Civil Veterinary Department Bihar & Orissa reports 1911-21 - 1911-1921
Year: 1911
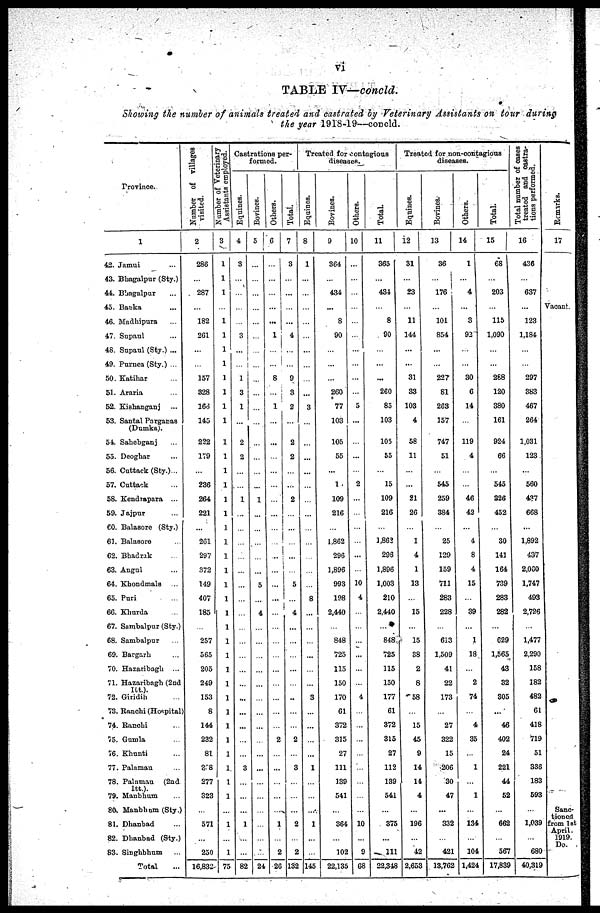
TABLE IV—concld.
Showing the number of animals treated and castrated by Veterinary Assistants on tour during
the year 1918-19—concld.
Province.
1
42. Jamui ...
43. Bhagalpur (Sty.)
44. Bhagalpur ...
45. Banka ...
46. Madhipura ...
47. Supaul ...
48. Supaul (Sty.) ...
49. Purnea (Sty.) ...
50. Katihar ...
51. Araria ...
52. Kishanganj ...
53. Santal Parganas
(Dumka).
54. Sahebganj ...
55. Deogbar ...
56. Cuttack (Sty.)...
57. Cuttack ...
58. Kendrapara ...
59. Jajpur ...
60. Balasore (Sty.)
61. Balasore ...
62. Bhadrak ...
63. Angul ...
64. Khondmals ...
65. Puri ...
66. Khurda ...
67. Sambalpur (Sty.)
68. Sambalpur ...
69. Bargarh ...
70. Hazaribagh ...
71. Hazaribagh (2nd
Itt.).
72. Giridih ...
73. Ranchi (Hospital)
74. Ranohi ...
75. Gumla ...
76. Khunti
77. Palamau
78. Palaman (2nd
Itt.).
79. Manbhum ...
80. Manbhum (Sty.)
81. Dhanbad ...
82. Dhanbad (Sty.)
83. Singhbhum ...
Total ...
Number of village
visited.
2
286
...
287
...
182
261
...
...
157
328
166
145
222
179
236
264
221
...
261
297
372
149
407
185
...
257
565
205
249
153
8
144
232
81
238
277
323
...
571
...
250
16,832
Number of Veterinary
Assistants employed.
3
1
1
1
...
1
1
1
1
1
1
1
1
1
1
1
1
1
1
1
1
1
1
1
1
1
1
1
1
1
1
1
1
1
1
1
1
1
1
1
...
1
75
Castrations per-
formed.
Equines.
4
3
...
...
...
...
3
...
...
1
3
1
...
2
2
...
...
1
...
...
...
...
...
...
...
...
...
...
...
...
...
...
...
...
...
...
3
...
...
...
1
...
...
82
Bovines.
5
...
...
...
...
...
...
...
...
...
...
...
...
...
...
...
...
1
...
...
...
...
...
5
...
4
...
...
...
...
...
...
...
...
...
...
...
...
...
...
....
...
...
24
Others.
6
...
...
...
...
...
1
...
...
8
...
1
...
...
...
...
...
...
...
...
...
...
...
...
...
...
...
...
...
...
...
...
...
...
2
...
...
...
...
...
1
...
2
26
Total.
7
3
...
...
...
...
4
...
...
9
3
2
...
2
2
...
...
2
...
...
...
...
5
...
4
...
...
...
...
...
..
...
...
2
3
...
...
...
2
...
2
132
Treated for contagious
diseases.
Equines.
8
1
...
...
...
...
...
...
...
...
3
...
...
...
...
...
...
...
...
...
...
...
...
8
...
...
...
...
...
...
3
...
...
...
1
...
...
...
1
...
145
Bovines.
9
364
...
434
...
8
90
...
...
...
260
77
103
105
55
...
1
109
216
...
1,862
296
1,896
993
198
2,440
848
725
115
150
170
61
372
315
27
111
139
541
...
364
...
102
22,135
Others.
10
...
...
...
...
...
...
...
...
5
...
...
...
...
2
...
...
...
...
...
...
10
4
...
...
...
...
...
...
4
...
...
...
...
...
...
...
...
10
...
9
68
Total.
11
365
...
434
...
8
90
...
...
...
260
85
103
105
55
15
109
216
...
1,862
296
1,896
1,003
210
2,440
848
725
115
150
177
61
372
315
27
112
139
541
375
...
111
22,348
Treated for non-contagious
diseases.
Equines.
12
31
...
23
...
11
144
...
...
31
33
103
4
58
11
21
26
...
1
4
1
13
15
15
38
2
8
58
15
45
9
14
14
4
196
...
42
2,653
Bovines.
13
36
...
176
...
101
854
227
81
263
157
747
51
545
259
384
...
25
129
159
711
283
228
613
1,509
41
22
173
27
322
15
206
30
47
332
...
421
13,762
Others.
14
1
...
4
...
3
92
30
6
14
119
4
46
42
...
4
8
4
15
39
1
18
2
74
4
35
1
1
134
...
104
1,424
Total.
15
68
...
203
...
115
1,090
268
120
380
161
924
66
545
326
452
...
30
141
164
739
283
282
629
1,565
43
32
305
...
46
402
24
221
44
52
662
...
567
17,839
Toatal number of cases
treated and castra-
tions performed.
16
436
...
637
...
123
1,184
297
383
467
264
1,031
123
560
437
668
...
1,892
437
2,000
1,747
493
2,726
1,477
2,290
158
182
482
61
418
719
51
336
183
593
1,039
...
680
40,319
Remarks.
17
Vacant.
Sanc-
tioned
from 1st
April.
1919.
Do.